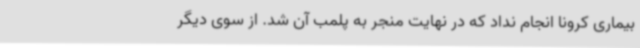
بیماری کرونا انجام نداد که در نهایت منجر به پلمب آن شد. از سوی دیگر